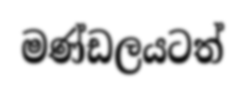
මණ්ඩලයටත්